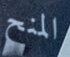
المنح